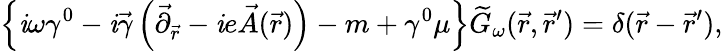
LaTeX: \left\{ \mathit{i}\omega\gamma^{0}-\mathit{i}\vec{{\gamma}}\left(\vec{{\partial}}_{\vec{{r}}}-\mathit{i}e\vec{{A}}(\vec{{r}})\right)-m+\gamma^{0}\mu\right\} \widetilde{{G}}_{\omega}(\vec{{r}},\vec{{r}}^{\prime})=\delta(\vec{{r}}-\vec{{r}}^{\prime}),